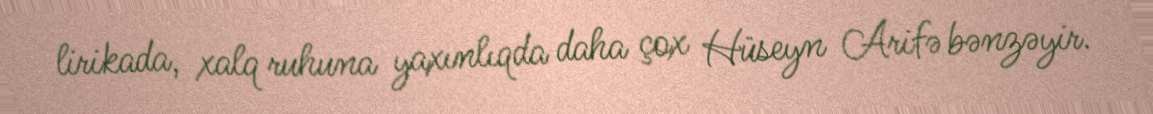
lirikada, xalq ruhuna yaxınlıqda daha çox Hüseyn Arifə bənzəyir.